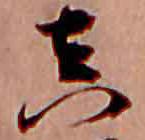
真